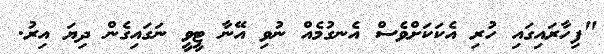
"ފިހާރައިގައި ހުރި އެކަކަށްވެސް އެނގުމެއް ނުވި އޭނާ ޓީވީ ނަގައިގެން ދިޔަ އިރު.